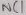
Text: NC1